Leaving Certificate Examination (including Day School Certificate (Higher) General paper), 1932
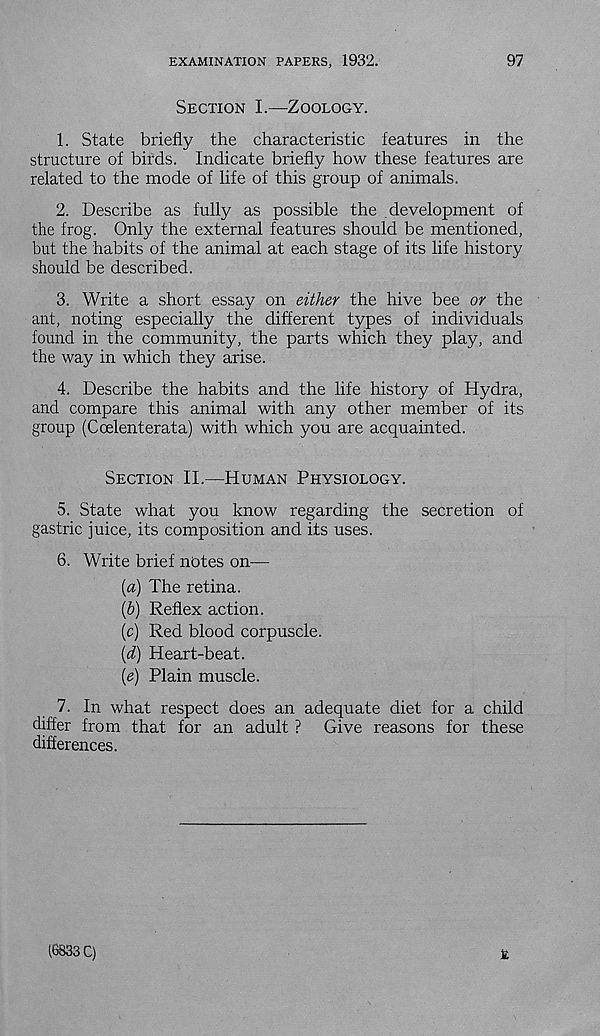
EXAMINATION PAPERS, 1932.
97
Section I.—Zoology.
1. State briefly the characteristic features in the
structure of birds. Indicate briefly how these features are
related to the mode of life of this group of animals.
2. Describe as fully as possible the development of
the frog. Only the external features should be mentioned,
but the habits of the animal at each stage of its life history
should be described.
3. Write a short essay on either the hive bee or the
ant, noting especially the different types of individuals
found in the community, the parts which they play, and
the way in which they arise.
4. Describe the habits and the life history of Hydra,
and compare this animal with any other member of its
group (Coelenterata) with which you are acquainted.
Section II.—Human Physiology.
5. State what you know regarding the secretion of
gastric juice, its composition and its uses.
6. Write brief notes on—
(a) The retina.
{h) Reflex action.
(c) Red blood corpuscle.
(d) Heart-beat.
{e) Plain muscle.
7. In what respect does an adequate diet for a child
differ from that for an adult ? Give reasons for these
differences.
E
16833 C)